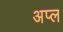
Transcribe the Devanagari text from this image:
अप्ल